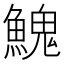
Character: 𩹷